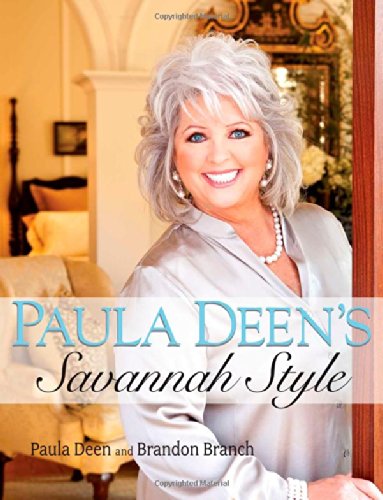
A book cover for Paula Deen's Savannah Style; Paula Deen; Arts & Photography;